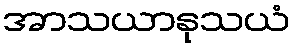
အာသယာနုသယံ